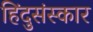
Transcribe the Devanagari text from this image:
हिंदुसंस्कार